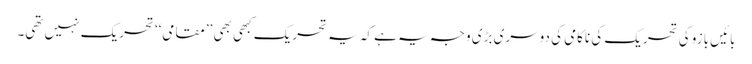
بائیں بازو کی تحریک کی ناکامی کی دوسری بڑی وجہ یہ ہے کہ یہ تحریک کبھی بھی ’’مقامی‘‘ تحریک نہیں تھی۔